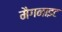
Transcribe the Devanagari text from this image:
मैगनाइट